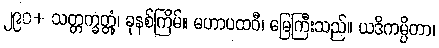
၂၉၀+ သတ္တက္ခတ္တုံ၊ ခုနစ်ကြိမ်။ မဟာပထဝီ၊ မြေကြီးသည်။ ယဒိကမ္ပိတာ၊